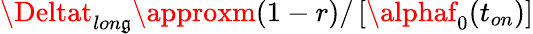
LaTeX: \Deltat_{lon\mathfrak{g}}\approxm(1-r)/\left[\alphaf_{0}(t_{on})\right]